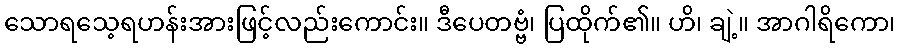
သောရသေ့ရဟန်းအားဖြင့်လည်းကောင်း။ ဒီပေတဗ္ဗံ၊ ပြထိုက်၏။ ဟိ၊ ချဲ့။ အာဂါရိကော၊